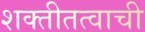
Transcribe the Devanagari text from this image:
शक्तीतत्वाची